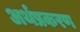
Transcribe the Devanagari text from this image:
अर्थप्रकरण